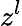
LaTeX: z^{l}